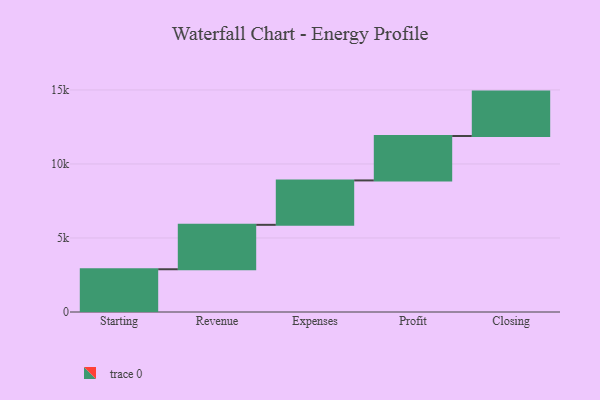
{"axis": {"x": "Step", "y": "Value"}, "legend": [""], "data": [{"x": "Starting", "y": 2888.0, "type": ""}, {"x": "Revenue", "y": 3000, "type": ""}, {"x": "Expenses", "y": 3000, "type": ""}, {"x": "Profit", "y": 3000, "type": ""}, {"x": "Closing", "y": 3000, "type": ""}]}